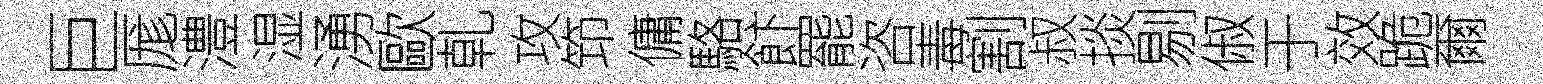
巨厖澧湿湧歐乹攻笻傭駱飰罷咨毒割叔掞剔俶于效跪爾